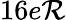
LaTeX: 16e\mathcal{R}